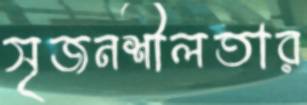
সৃজনশীলতার